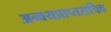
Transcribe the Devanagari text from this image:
अन्वयप्राप्तसचिव